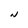
Character: N